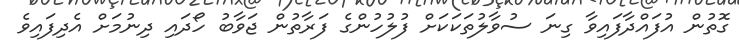
ގޮތުން އުފައްދާފައިވާ ގިނަ ސުވާލުތަކަކަށް ފުލުހުންގެ ފަރާތުން ޖަވާބު ހޯދައި ދިނުމަށް އެދިފައިވެ